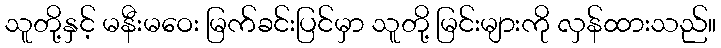
သူတို့နှင့် မနီးမဝေး မြက်ခင်းပြင်မှာ သူတို့ မြင်းများကို လှန်ထားသည်။